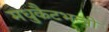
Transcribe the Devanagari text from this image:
मधुकैटभन्त्री